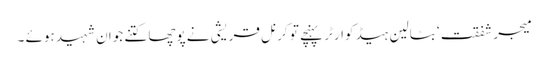
میجر شفقت ‘ بٹالین ہیڈ کوارٹر پہنچے تو کرنل قریشی نے پوچھا کتنے جوان شہید ہوئے ۔